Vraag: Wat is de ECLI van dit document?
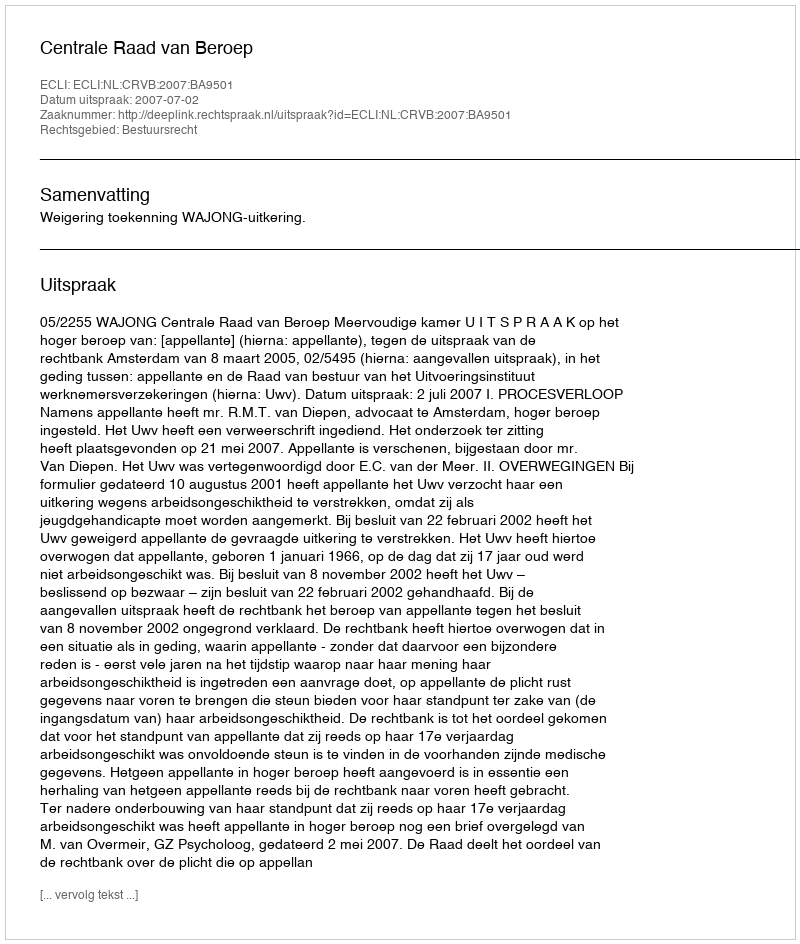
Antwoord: ECLI:NL:CRVB:2007:BA9501